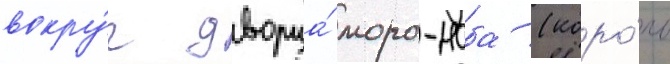
вокру́г дворца́ моро-наба (коро́ль